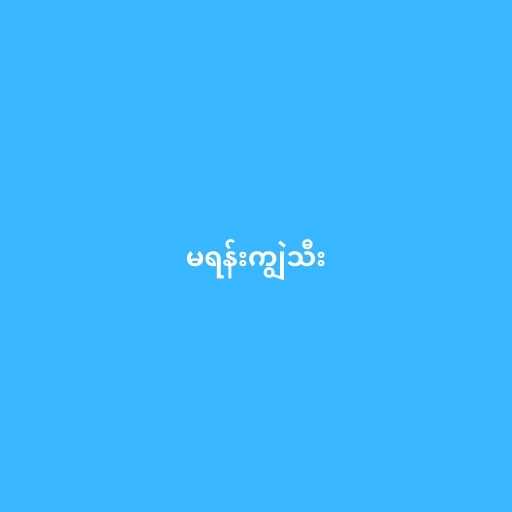
မရန်းကျွဲသီး